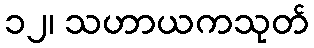
၁၂၊ သဟာယကသုတ်